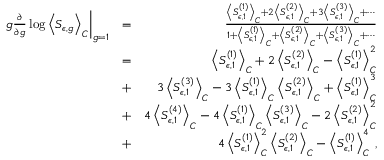
\begin{array} { r l r } { \left. g \frac { \partial } { \partial g } \log \left< S _ { \epsilon , g } \right> _ { C } \right| _ { g = 1 } } & { = } & { \frac { \left< S _ { \epsilon , 1 } ^ { ( 1 ) } \right> _ { C } + 2 \left< S _ { \epsilon , 1 } ^ { ( 2 ) } \right> _ { C } + 3 \left< S _ { \epsilon , 1 } ^ { ( 3 ) } \right> _ { C } + \cdots } { 1 + \left< S _ { \epsilon , 1 } ^ { ( 1 ) } \right> _ { C } + \left< S _ { \epsilon , 1 } ^ { ( 2 ) } \right> _ { C } + \left< S _ { \epsilon , 1 } ^ { ( 3 ) } \right> _ { C } + \cdots } } \\ & { = } & { \left< S _ { \epsilon , 1 } ^ { ( 1 ) } \right> _ { C } + 2 \left< S _ { \epsilon , 1 } ^ { ( 2 ) } \right> _ { C } - \left< S _ { \epsilon , 1 } ^ { ( 1 ) } \right> _ { C } ^ { 2 } } \\ & { + } & { 3 \left< S _ { \epsilon , 1 } ^ { ( 3 ) } \right> _ { C } - 3 \left< S _ { \epsilon , 1 } ^ { ( 1 ) } \right> _ { C } \left< S _ { \epsilon , 1 } ^ { ( 2 ) } \right> _ { C } + \left< S _ { \epsilon , 1 } ^ { ( 1 ) } \right> _ { C } ^ { 3 } } \\ & { + } & { 4 \left< S _ { \epsilon , 1 } ^ { ( 4 ) } \right> _ { C } - 4 \left< S _ { \epsilon , 1 } ^ { ( 1 ) } \right> _ { C } \left< S _ { \epsilon , 1 } ^ { ( 3 ) } \right> _ { C } - 2 \left< S _ { \epsilon , 1 } ^ { ( 2 ) } \right> _ { C } ^ { 2 } } \\ & { + } & { 4 \left< S _ { \epsilon , 1 } ^ { ( 1 ) } \right> _ { C } ^ { 2 } \left< S _ { \epsilon , 1 } ^ { ( 2 ) } \right> _ { C } - \left< S _ { \epsilon , 1 } ^ { ( 1 ) } \right> _ { C } ^ { 4 } \, , } \end{array}